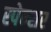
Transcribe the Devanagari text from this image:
स्पेन्शर